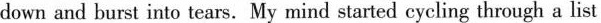
down and burst into tears. My mind started cycling through a list